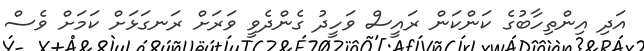
އަދި އިންތިހާބުގެ ކަންކަން ރައީސް ވަހީދު ގެންދެވީ ވަރަށް ރަނގަޅަށް ކަމަށް ވެސް